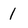
Character: I